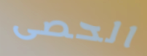
الحصى